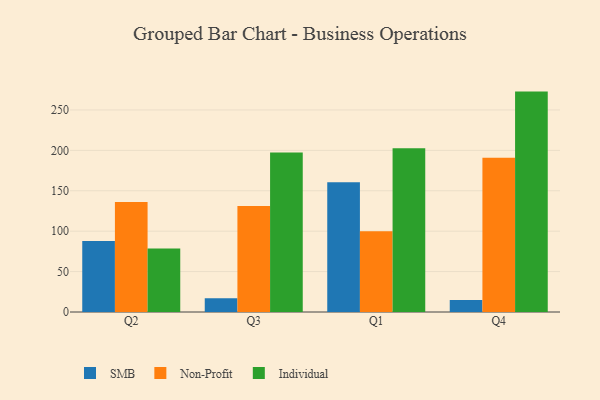
{"axis": {"x": "Quarter", "y": "Revenue (USD Million)"}, "legend": ["Individual", "Non-Profit", "SMB"], "data": [{"x": "Q2", "y": 87.7, "type": "SMB"}, {"x": "Q2", "y": 136.0, "type": "Non-Profit"}, {"x": "Q2", "y": 78.7, "type": "Individual"}, {"x": "Q3", "y": 17.0, "type": "SMB"}, {"x": "Q3", "y": 131.2, "type": "Non-Profit"}, {"x": "Q3", "y": 197.4, "type": "Individual"}, {"x": "Q1", "y": 160.4, "type": "SMB"}, {"x": "Q1", "y": 100.0, "type": "Non-Profit"}, {"x": "Q1", "y": 202.6, "type": "Individual"}, {"x": "Q4", "y": 15.0, "type": "SMB"}, {"x": "Q4", "y": 190.8, "type": "Non-Profit"}, {"x": "Q4", "y": 272.7, "type": "Individual"}]}